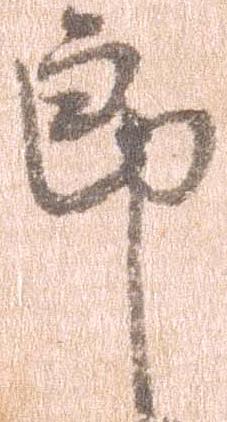
郎